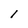
Character: 1